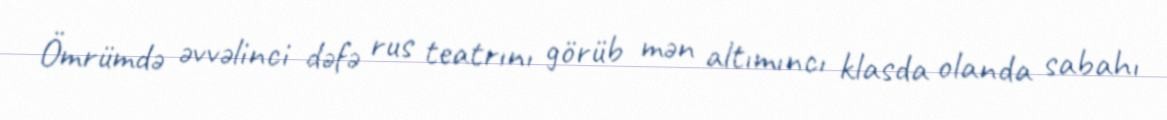
Ömrümdə əvvəlinci dəfə rus tеatrını görüb mən altımıncı klasda olanda sabahı